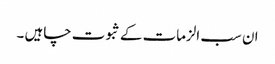
ان سب الزمات کے ثبوت چاہیں ۔